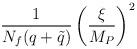
LaTeX: \begin{align*}{1 \over N_f (q + \tilde q)} \left( {\xi \over M_P} \right)^2 \end{align*}